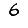
Digit: 6